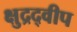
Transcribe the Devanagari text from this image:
क्षुद्रद्वीप